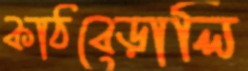
কাঠবেড়ালি